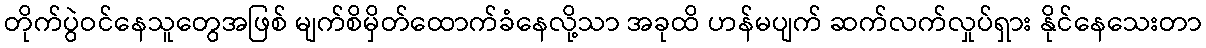
တိုက်ပွဲဝင်နေသူတွေအဖြစ် မျက်စိမှိတ်ထောက်ခံနေလို့သာ အခုထိ ဟန်မပျက် ဆက်လက်လှုပ်ရှား နိုင်နေသေးတာ